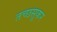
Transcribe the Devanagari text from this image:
तच्छसूकर